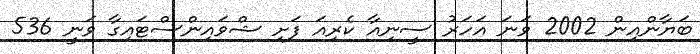
ބަޔާންއިން 2002 ވަނަ އަހަރު ސީނިއާ ކެރިއަ ފަށި ޝްވައިންސްޓައިގާ ވަނީ 536